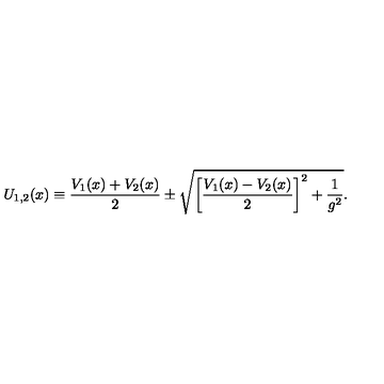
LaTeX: U _ { 1 , 2 } ( x ) \equiv { \frac { V _ { 1 } ( x ) + V _ { 2 } ( x ) } { 2 } } \pm \sqrt { \left[ { \frac { V _ { 1 } ( x ) - V _ { 2 } ( x ) } { 2 } } \right] ^ { 2 } + { \frac { 1 } { g ^ { 2 } } } } .